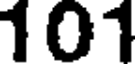
101